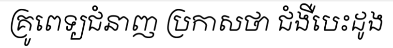
គ្រូពេទ្យជំនាញ ប្រកាសថា ជំងឺបេះដូង